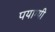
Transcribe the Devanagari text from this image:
पयाग्यी